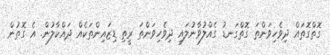
ގޮތްގޮތައް ދިވެހިވަންތަ ގޮތްގަނޑު ގެއްލުވާނުލައި ދިވެހިވަންތަ ރީތި ޑިޒައިންތަކެއް ދައްކާލުން. އެ ގޮތުން